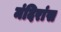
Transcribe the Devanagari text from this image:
मंदिरांस